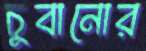
চুবানোর